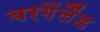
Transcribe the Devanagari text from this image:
बरगेंलैंड